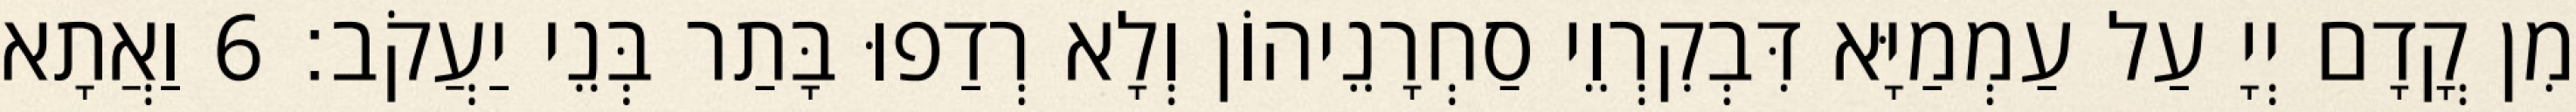
מִן קֳדָם יְיָ עַל עַמְמַיָּא דִּבְקִרְוֵי סַחְרָנֵיהוֹן וְלָא רְדַפוּ בָּתַר בְּנֵי יַעֲקֹב׃ 6 וַאֲתָא